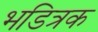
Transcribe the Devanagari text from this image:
भडित्रक